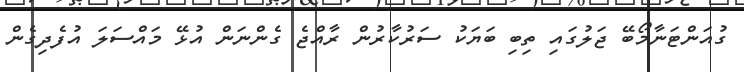
ގުއަންޓަނާމޯބޭ ޖަލުގައި ތިބި ބަޔަކު ސަރުކާރުން ރާއްޖެ ގެންނަން އުޅޭ މައްސަލަ އުފެދިގެން